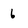
Character: 6